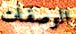
الوصفات